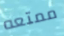
ممتعه